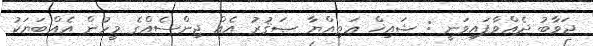
ޖަވާބު ދެއްވާފައިވަނީ : ޝައިޚް ޢަޠިއްޔާ ޞަޤުރު އެއް ޖިންސެއްގެ މީހުން އެއްބަޔަކު